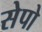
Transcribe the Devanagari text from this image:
सेपो